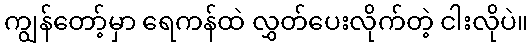
ကျွန်တော့်မှာ ရေကန်ထဲ လွှတ်ပေးလိုက်တဲ့ ငါးလိုပဲ။